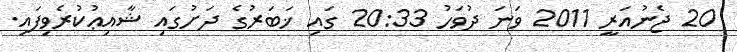
20 ޖެނުއަރީ 2011 ވަނަ ދުވަހު 20:33 ގައި ޚަބަރުގެ ދަށުގައި ޝާއިޢުކުރެވިފައި.